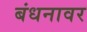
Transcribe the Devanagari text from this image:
बंधनावर